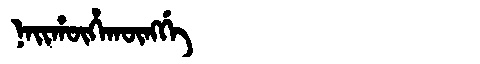
Manchu: ᠨᠠᡳᡥᡡᡥᠠᡴᡡᠩᡤᡝ
Romanization: NAIHŪHAKŪNGGE